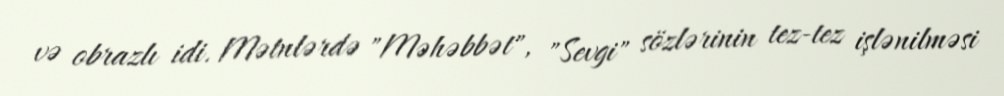
və obrazlı idi. Mətnlərdə "Məhəbbət", "Sevgi" sözlərinin tez-tez işlənilməsi